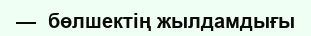
—  бөлшектің жылдамдығы